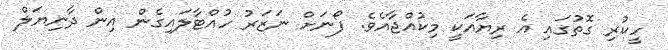
ހީކުރި ގޮތުގައި އެ ރިޔާއަކީ މިކުއްޖާއެވެ. ފޯނަށް ނަޒަރު ހުއްޓާލައިގެން އިން ދާނިޔަލް